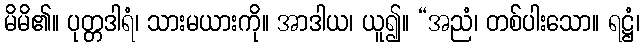
မိမိ၏။ ပုတ္တဒါရံ၊ သားမယားကို။ အာဒါယ၊ ယူ၍။ “အညံ၊ တစ်ပါးသော။ ရဋ္ဌံ၊